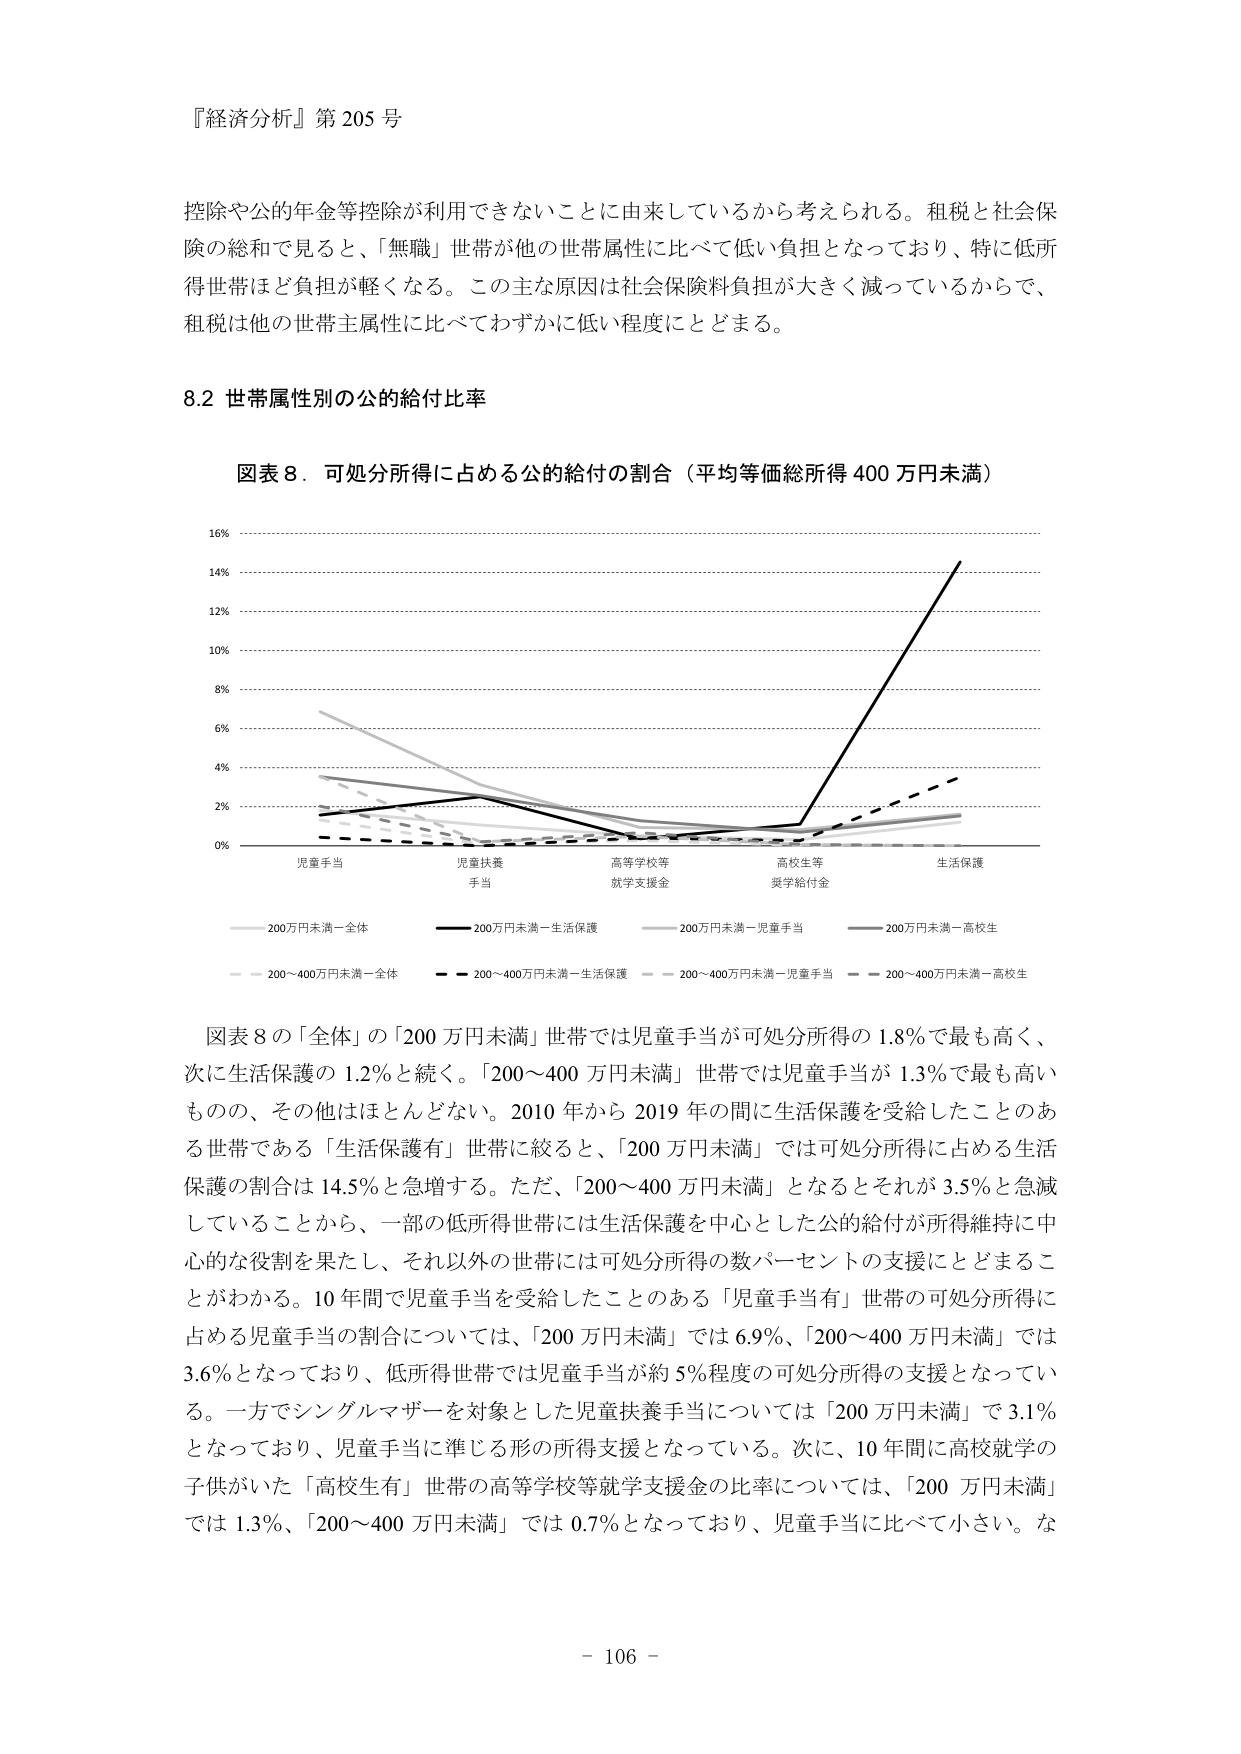
『経済分析』第 205 号

控除や公的年金等控除が利用できないことに由来しているから考えられる。租税と社会保険の総和で見ると、「無職」世帯が他の世帯属性に比べて低い負担となっており、特に低所得世帯ほど負担が軽くなる。この主な原因は社会保険料負担が大きく減っているからで、租税は他の世帯主属性に比べてわずかに低い程度にとどまる。

8.2 世帯属性別の公的給付比率

図表8．可処分所得に占める公的給付の割合（平均等価総所得 400 万円未満）

16%
14%
12%
10%
8%
6%
4%
2%
0%

児童手当 児童扶養手当 高等学校等就学支援金 高校生等奨学給付金 生活保護

200万円未満－全体
200万円未満－生活保護
200万円未満－児童手当
200万円未満－高校生
200～400万円未満－全体
200～400万円未満－生活保護
200～400万円未満－児童手当
200～400万円未満－高校生

図表8の「全体」の「200万円未満」世帯では児童手当が可処分所得の1.8％で最も高く、次に生活保護の1.2％と続く。「200～400万円未満」世帯では児童手当が1.3％で最も高いものの、その他はほとんどない。2010年から2019年の間に生活保護を受給したことのある世帯である「生活保護有」世帯に絞ると、「200万円未満」では可処分所得に占める生活保護の割合は14.5％と急増する。ただ、「200～400万円未満」となるとそれが3.5％と急減していることから、一部の低所得世帯には生活保護を中心とした公的給付が所得維持に中心的な役割を果たし、それ以外の世帯には可処分所得の数パーセントの支援にとどまることわかる。10年間で児童手当を受給したことのある「児童手当有」世帯の可処分所得に占める児童手当の割合については、「200万円未満」では6.9％、「200～400万円未満」では3.6％となっており、低所得世帯では児童手当が約5％程度の可処分所得の支援となっている。一方でシングルマザーを対象とした児童扶養手当については「200万円未満」で3.1％となっており、児童手当に準じる形の所得支援となっている。次に、10年間に高校就学の子供がいた「高校生有」世帯の高等学校等就学支援金の比率については、「200万円未満」では1.3％、「200～400万円未満」では0.7％となっており、児童手当に比べて小さい。な

- 106 -